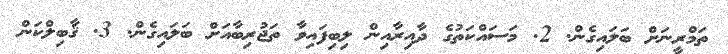
ތަމްރީނަށް ބަލައިގެން. 2. މަސައްކަތުގެ ދާއިރާއިން ލިބިފައިވާ ތަޖުރިބާއަށް ބަލައިގެން. 3. ޤާބިލްކަން